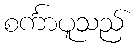
စင်္ကာပူသည်